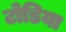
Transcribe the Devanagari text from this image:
टोडिया